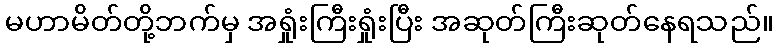
မဟာမိတ်တို့ဘက်မှ အရှုံးကြီးရှုံးပြီး အဆုတ်ကြီးဆုတ်နေရသည်။